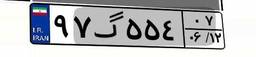
۹۷گ۵۴۱۷۷